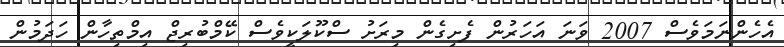
އެހެންނަމަވެސް 2007 ވަނަ އަހަރުން ފެށިގެން މިރަށު ސްކޫލަކީވެސް ކޭމްބުރިޖް އިމްތިހާން ހަދަމުން